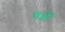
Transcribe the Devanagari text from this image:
वक्षी